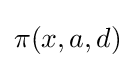
{\textstyle \pi (x,a,d)}